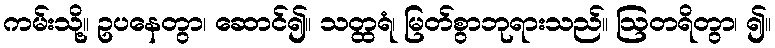
ကမ်းသို့။ ဥပနေတွာ၊ ဆောင်၍။ သတ္ထရံ၊ မြတ်စွာဘုရားသည်။ ဩတရိတွာ၊ ၍။